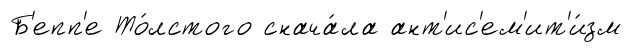
Б'епп'е То́лстого снача́ла ант'ис'ем'ит'и́зм